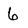
Character: 6